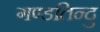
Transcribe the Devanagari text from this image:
गण्डतिन्दु